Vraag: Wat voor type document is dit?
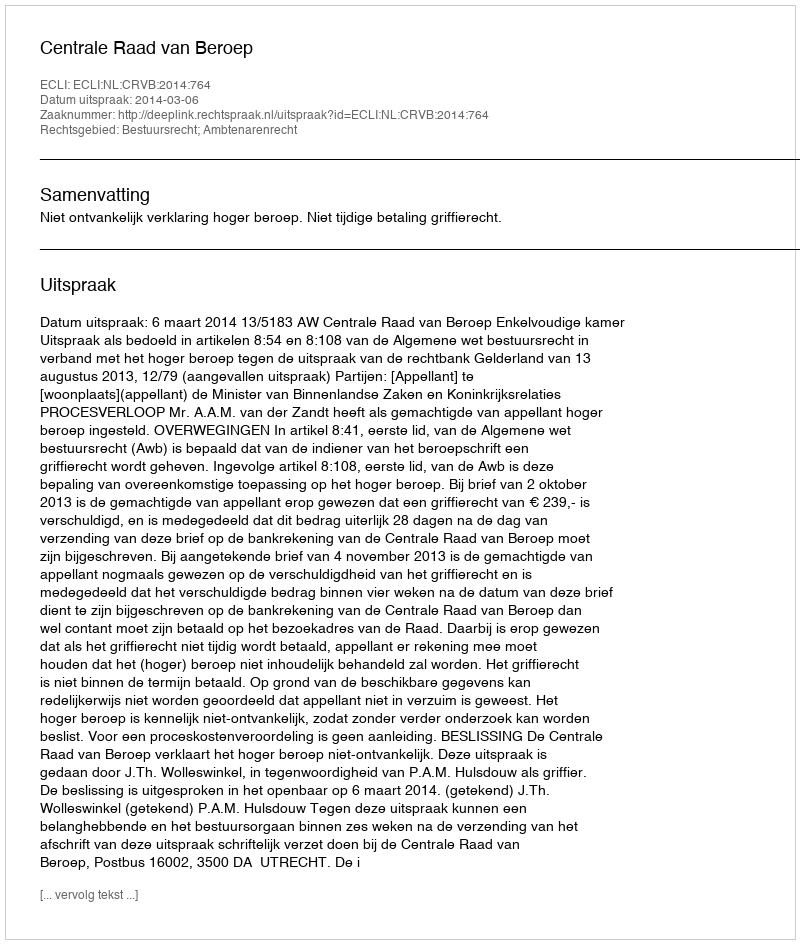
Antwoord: Uitspraak